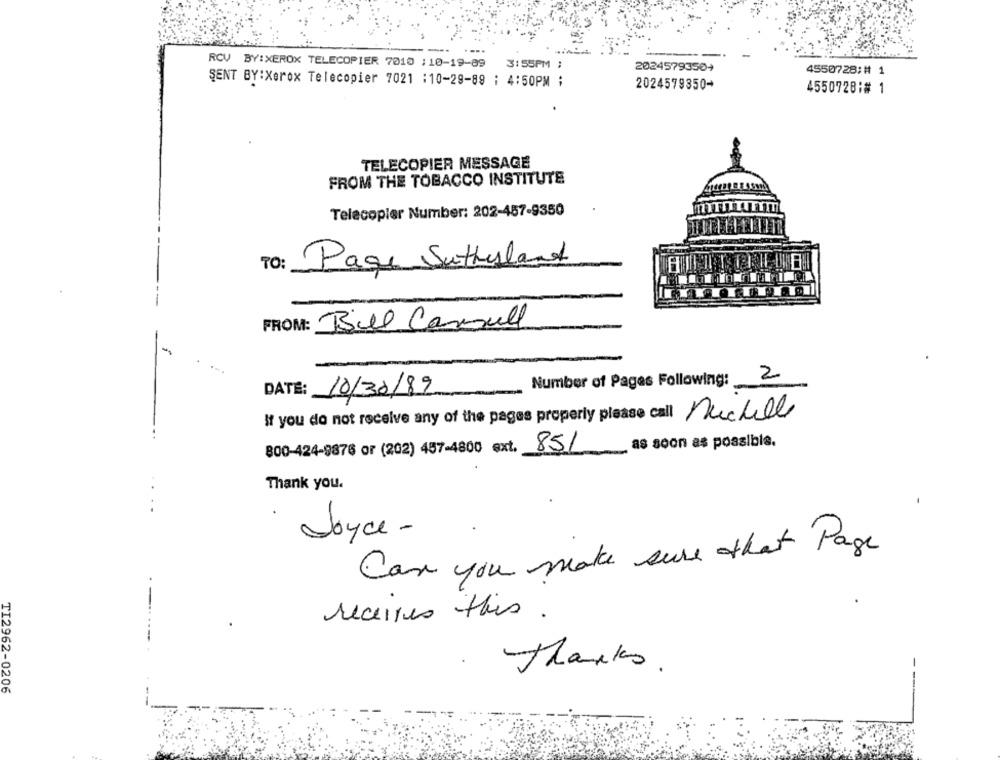
RCV BY:XEROX TELECOPIER 7010 : 10-19-89 3:55PM ;
20245793504
4550728:# 1
SENT BY:Xerox Telecopier 7021 :10-29-89 : 4:50PM ;
2024579350-
4550728:# 1
TELECOPIER MESSAGE
FROM THE TOBACCO INSTITUTE
Telecopier Number: 202-457-9350
To: Page Sutherland
FROM: Bill Cansull
-
2
Number of Pages Following:
DATE: 10/30/89
If you do not receive any of the pages properly please call Auchelle
as soon as possible.
800-424-9876 or (202) 457-4800 ext. 851
Thank you.
Joyce-
Can you make sure that Page
-
received this.
Thanks.
TI2962-0206